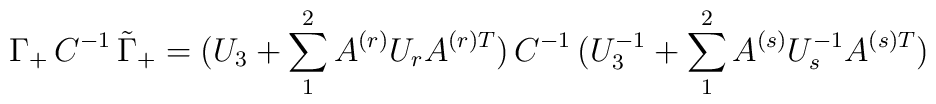
\Gamma_+\,  C^{-1}\,  \tilde\Gamma_+ = (U_3 + \sum_1^2 A^{(r)} U_rA^{(r)T})\, C^{-1}\, (U_3^{-1} + \sum_1^2 A^{(s)} U_s^{-1}A^{(s)T})